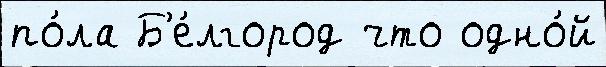
по́ла Б'е́лгород что одно́й